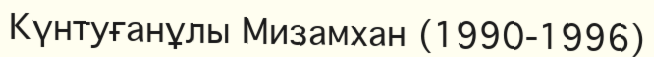
Күнтуғанұлы Мизамхан (1990-1996)